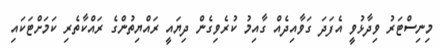
މިނިސްޓަރު ވިދާޅުވީ އެފަދަ ގަވާއިދެއް ގާއިމު ކުރެވިގެން ދިޔައީ ރައްޔިތުންގެ ރައްކާތެރި ކަމަށްޓަކައި